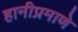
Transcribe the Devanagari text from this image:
हानीप्रमाणे